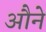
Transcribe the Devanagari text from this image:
औने